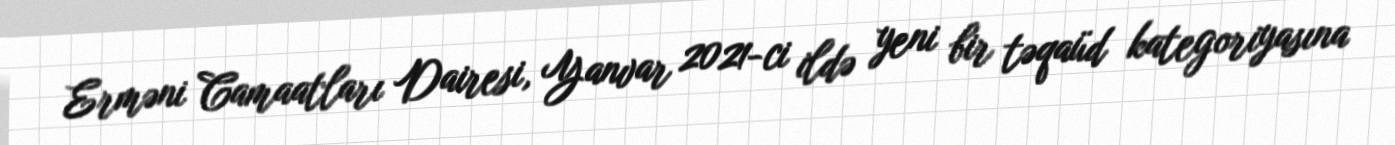
Erməni Camaatları Dairesi, Yanvar 2021-ci ildə yeni bir təqaüd kategoriyasına